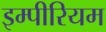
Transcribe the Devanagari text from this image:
इम्पीरियम